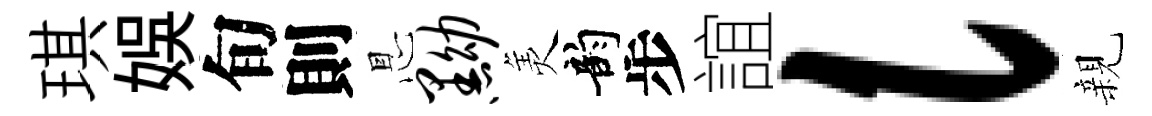
琪娱旬則㤙黝羙韵步誼l親